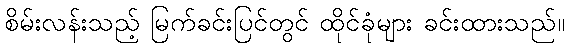
စိမ်းလန်းသည့် မြက်ခင်းပြင်တွင် ထိုင်ခုံများ ခင်းထားသည်။